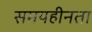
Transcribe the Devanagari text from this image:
समयहीनता